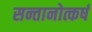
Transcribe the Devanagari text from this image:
सन्तानोत्कर्ष